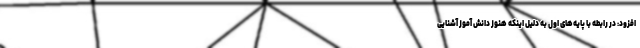
افزود: در رابطه با پایه‌های اول به دلیل اینکه هنوز دانش آموز آشنایی